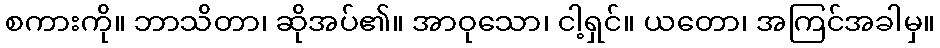
စကားကို။ ဘာသိတာ၊ ဆိုအပ်၏။ အာဝုသော၊ ငါ့ရှင်။ ယတော၊ အကြင်အခါမှ။